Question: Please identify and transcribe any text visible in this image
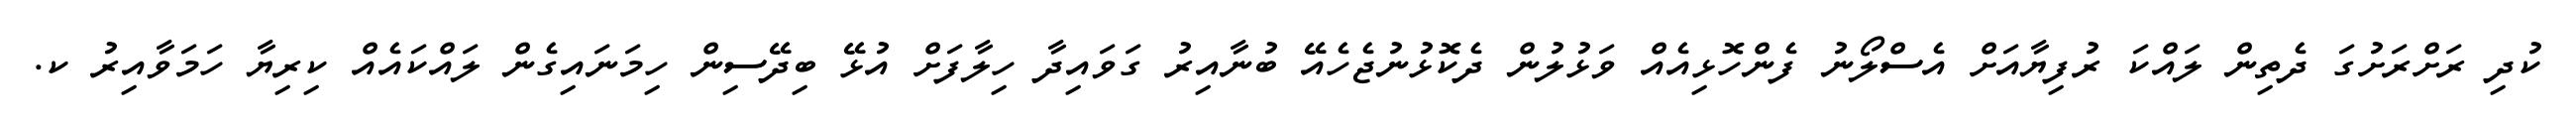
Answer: ކުދި ރަށްރަށުގަ ދެތިން ލައްކަ ރުފިޔާއަށް އެސްލޯނު ފެންހޮޅިއެއް ވަޅުލުން ދެކޮޅުނުޖެހެއޭ ބުނާއިރު ގަވައިދާ ހިލާފަށް އުޅޭ ބިދޭސިން ހިމަނައިގެން ލައްކައެއް ކިރިޔާ ހަމަވާއިރު ކ.